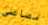
مصاصي